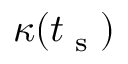
\kappa ( t _ { \textrm { s } } )